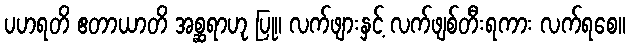
ပဟရတိ ဧတာယာတိ အစ္ဆရာဟု ပြု။ လက်ဖျားနှင့် လက်ဖျစ်တီးရကား လက်ရစေ။